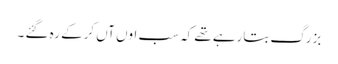
بزرگ بتارہے تھے کہ سب اوں آں کرکے رہ گئے ۔